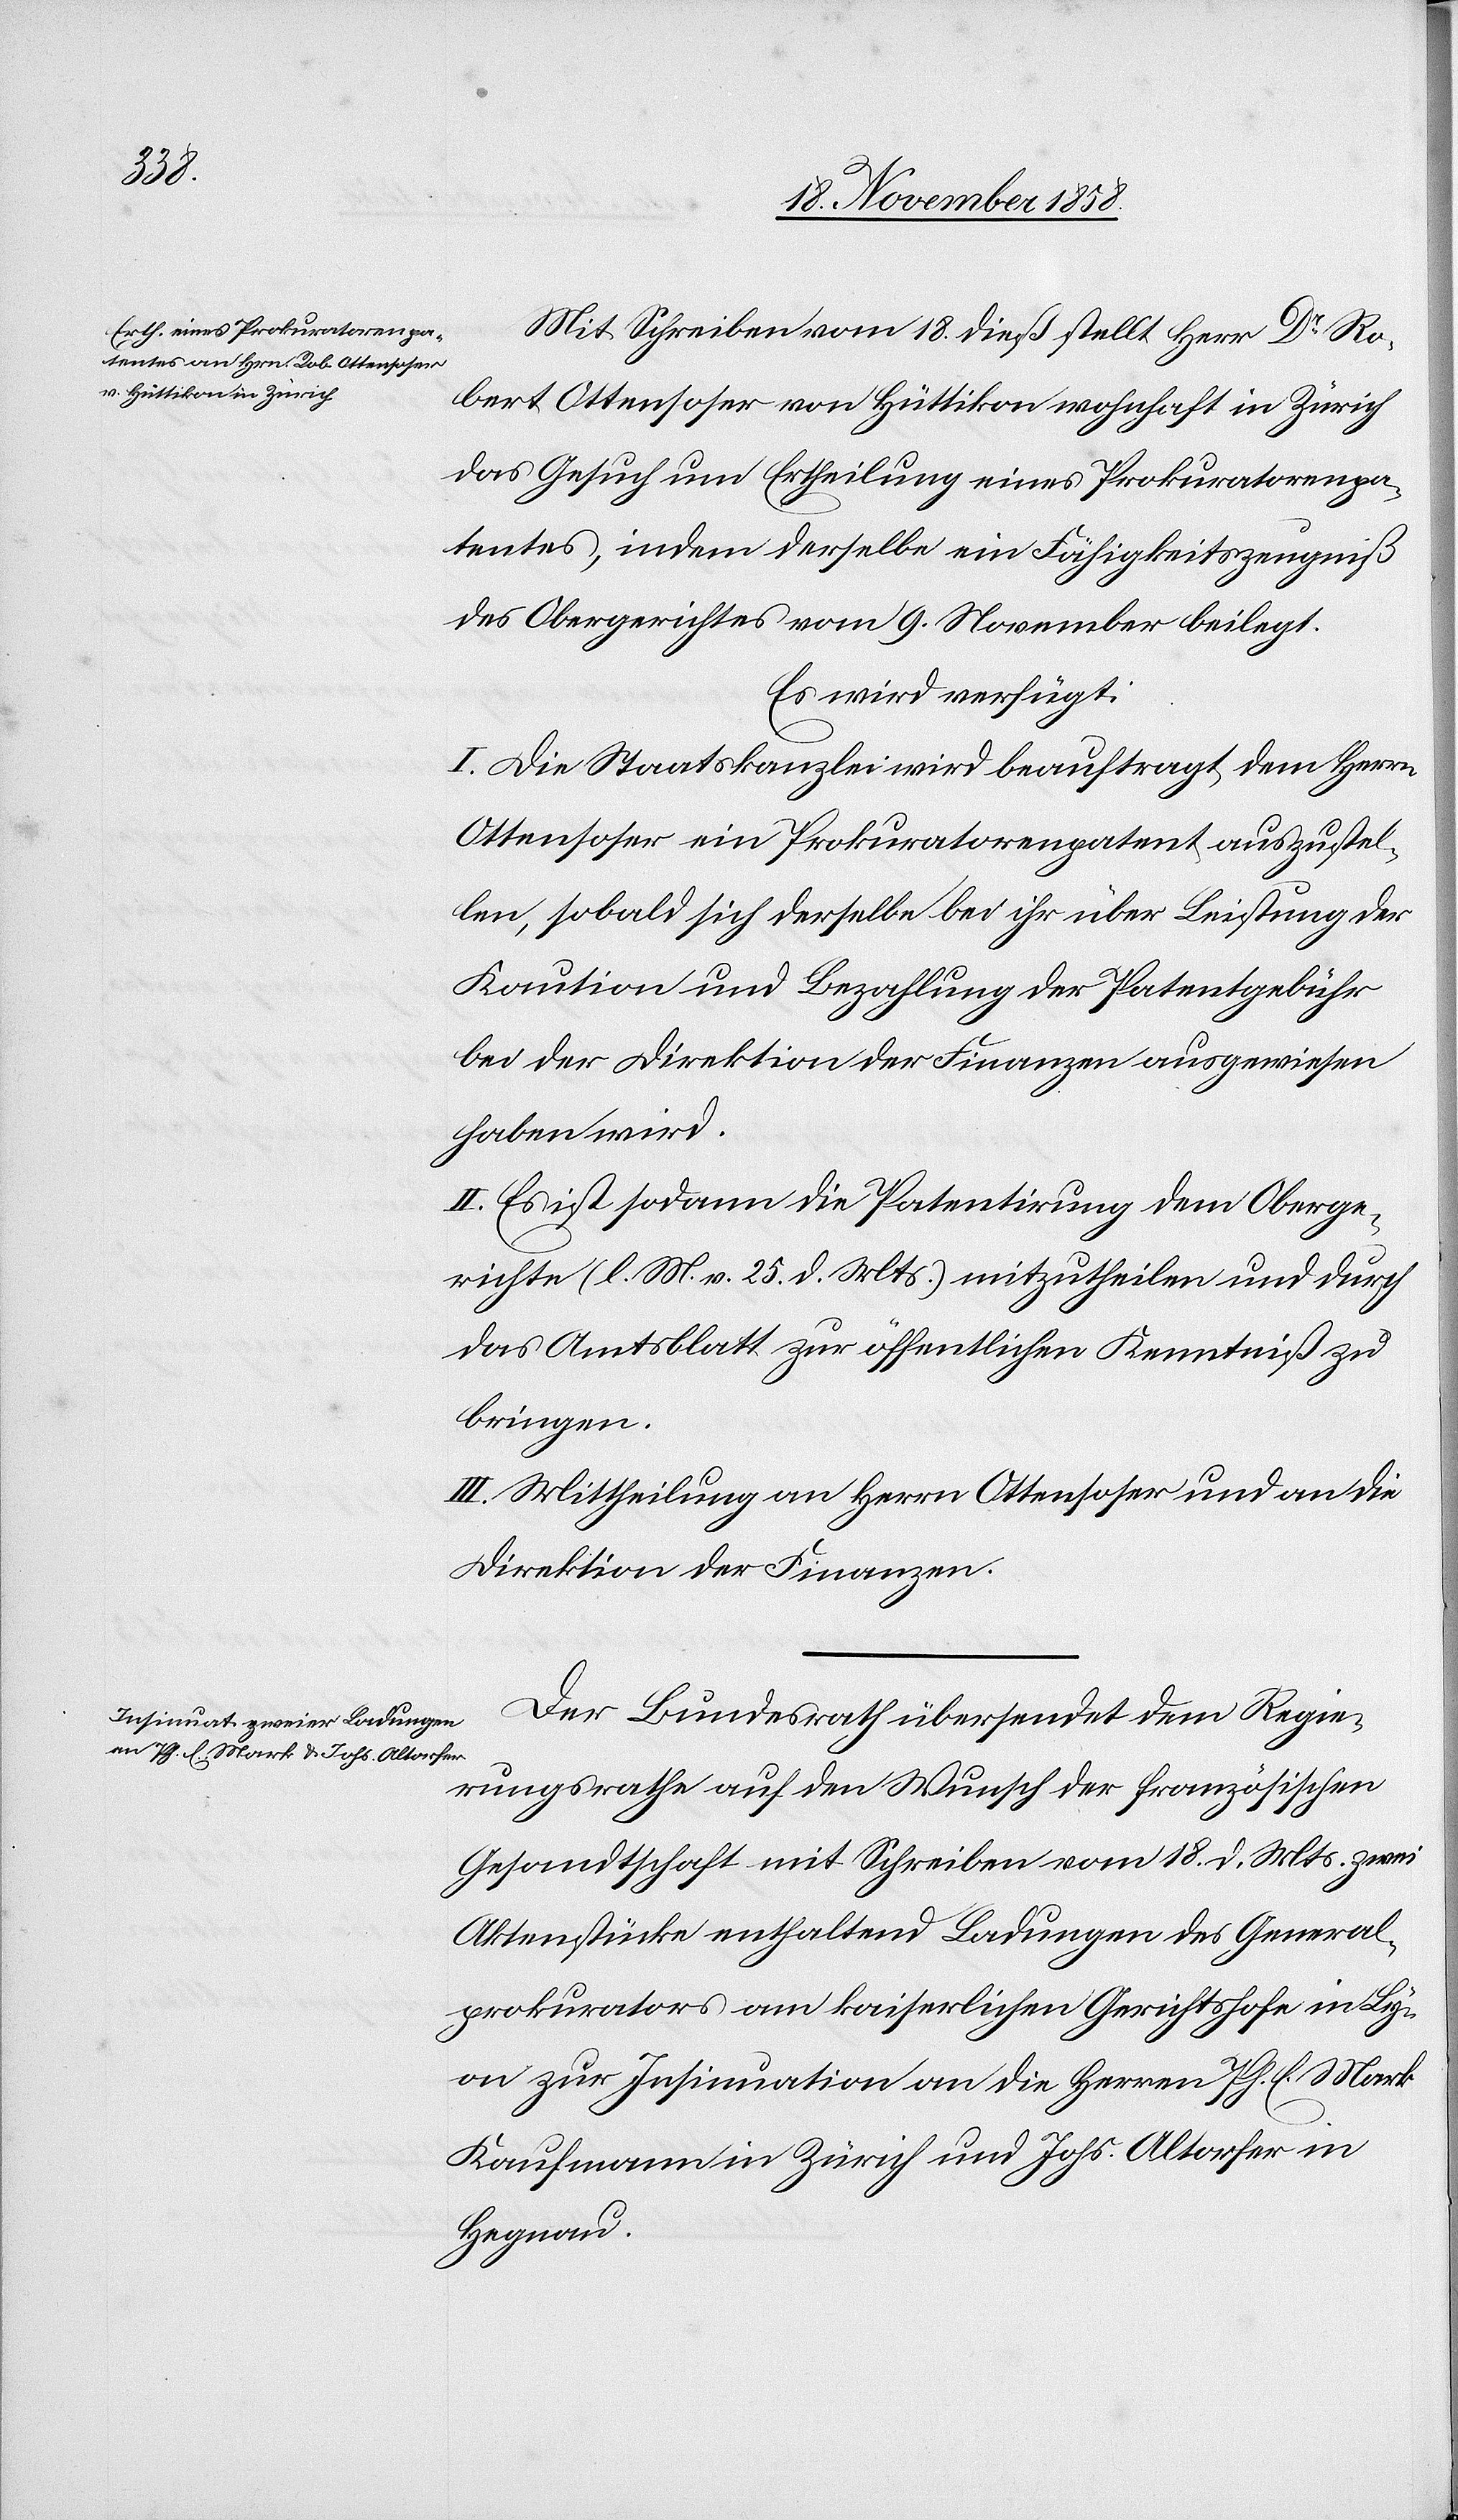
19. Novemb. 1858.]
Mit Schreiben vom 18. dieß stellt Herr Dr Ro¬
bert Ottensoser von Hüttikon wohnhaft in Zürich
das Gesuch um Ertheilung eines Prokuratorenpa¬
tentes, indem derselbe ein Fähigkeitszeugniß
des Obergerichtes vom 9. November beilegt.
Es wird verfügt:
I. Die Staatskanzlei wird beauftragt, dem Herrn
Ottensoser ein Prokuratorenpatent auszustel¬
len, sobald sich derselbe bei ihr über Leistung der
Kaution und Bezahlung der Patentgebühr
bei der Direktion der Finanzen ausgewiesen
haben wird.
II. Es ist sodann die Patentirung dem Oberge¬
richte (l. M. v. 25. d. Mts.) mitzutheilen und durch
das Amtsblatt zur öffentlichen Kenntniß zu
bringen.
III. Mittheilung an Herrn Ottensoser und an die
Direktion der Finanzen.
Der Bundesrath übersendet dem Regie¬
rungsrathe auf den Wunsch der französischen
Gesandtschaft mit Schreiben vom 18. d. Mts. zwei
Aktenstücke enthaltend Ladungen des General¬
prokurators am kaiserlichen Gerichtshofe in Ly¬
on zur Insinuation an die Herren Ph. E. Mark
Kaufmann in Zürich und Johs. Altorfer in
Hegnau.